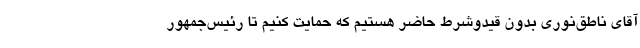
آقای ناطق‌نوری بدون قیدوشرط حاضر هستیم که حمایت کنیم تا رئیس‌جمهور